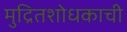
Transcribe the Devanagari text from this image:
मुद्रितशोधकाची